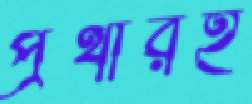
প্রথারই